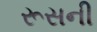
રૂસની